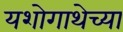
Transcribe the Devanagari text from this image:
यशोगाथेच्या